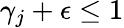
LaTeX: \gamma_{j}+\epsilon\leq 1